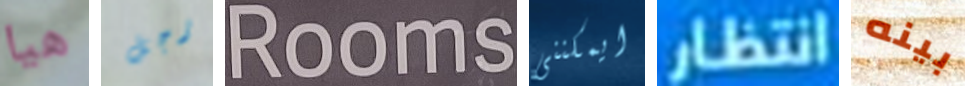
هيا رجل Rooms ايمكننى انتظار بينه